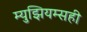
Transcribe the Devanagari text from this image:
म्युझियम्सही